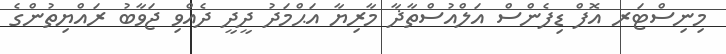
މިނިސްޓަރ އޮފް ޑިފެންސް އަލްއުސްތާޛާ މާރިޔާ އަޙްމަދު ދީދީ ދެއްވި ޖަވާބު ރައްޔިތުންގެ